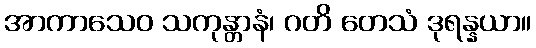
အာကာသေဝ သကုန္တာနံ၊ ဂတိ တေသံ ဒုရန္နယာ။